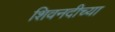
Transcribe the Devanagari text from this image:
शिवनदीच्या